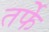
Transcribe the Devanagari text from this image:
तर्फेे